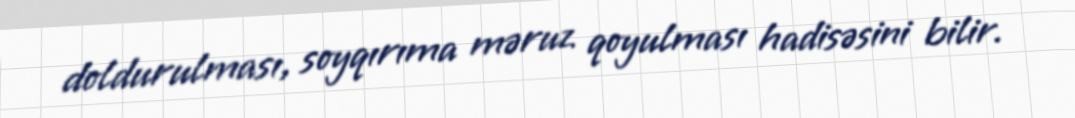
doldurulması, soyqırıma məruz qoyulması hadisəsini bilir.